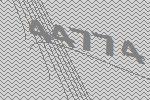
44774